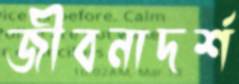
জীবনাদর্শ